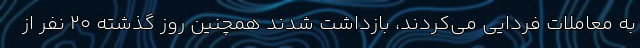
به معاملات فردایی می‌کردند، بازداشت شدند همچنین روز گذشته 20 نفر از